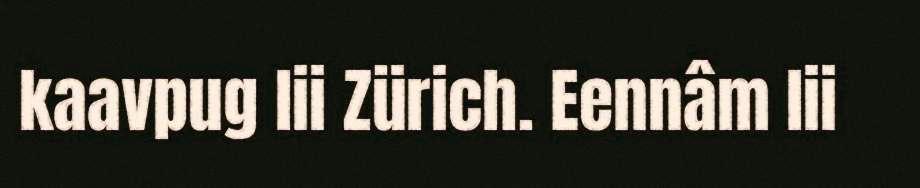
kaavpug lii Zürich. Eennâm lii